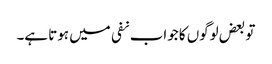
تو بعض لوگوں کا جواب نفی میں ہوتا ہے۔